Burma Government Medical School reports 1923-41
Year: 1923
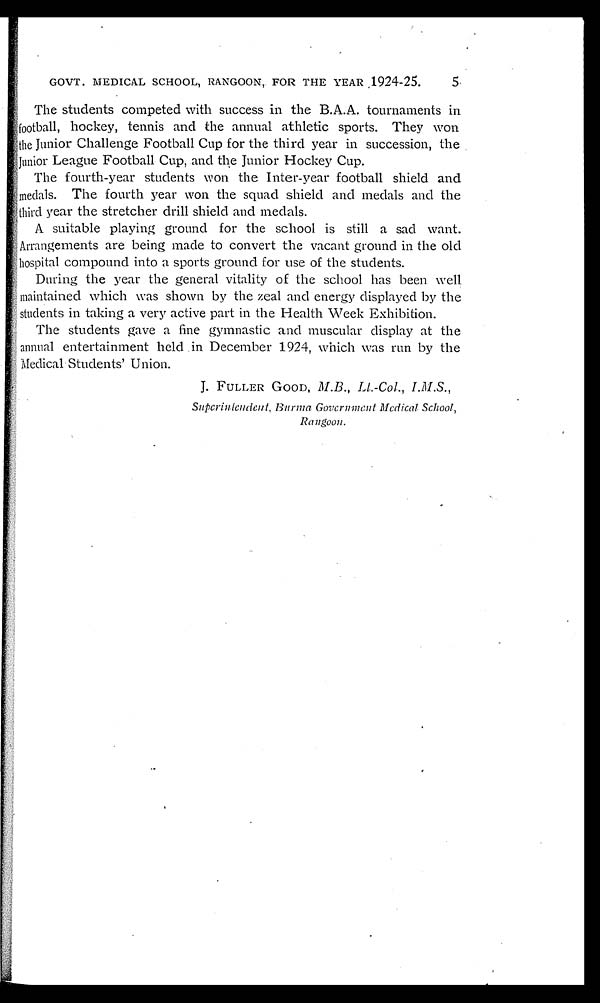
GOVT. MEDICAL SCHOOL, RANGOON, FOR THE YEAR 1924-25.
5
The students competed with success in the B.A.A. tournaments in
football, hockey, tennis and the annual athletic sports. They won
the Junior Challenge Football Cup for the third year in succession, the
Junior League Football Cup, and the Junior Hockey Cup.
The fourth-year students won the Inter-year football shield and
medals. The fourth year won the squad shield and medals and the
third year the stretcher drill shield and medals.
A suitable playing ground for the school is still a sad want.
Arrangements are being made to convert the vacant ground in the old
hospital compound into a sports ground for use of the students.
During the year the general vitality of the school has been well
maintained which was shown by the zeal and energy displayed by the
students in taking a very active part in the Health Week Exhibition.
The students gave a fine gymnastic and muscular display at the
annual entertainment held in December 1924, which was run by the
Medical Students' Union.
J. FULLER GOOD, M. B. , Lt . - Col . , I . M. S. ,
Superintendent, Burma Government Medical School,
Rangoon.
a